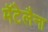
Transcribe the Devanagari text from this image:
मॅटेलैना